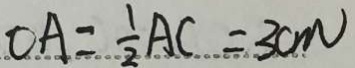
O A = \frac { 1 } { 2 } A C = 3 c m